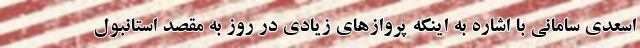
اسعدی سامانی با اشاره به اینکه پروازهای زیادی در روز به مقصد استانبول